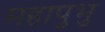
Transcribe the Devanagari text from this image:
महापुभु